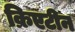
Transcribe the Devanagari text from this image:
क्रिएटीन